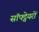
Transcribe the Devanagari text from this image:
सॉफ्ट्वेयरों